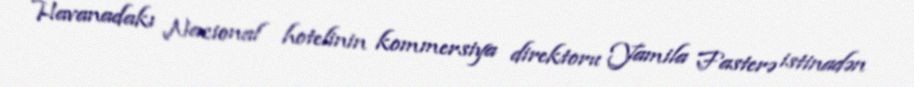
Havanadakı Nacional hotelinin kommersiya direktoru Yamila Fasterə istinadən